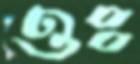
ওঃ